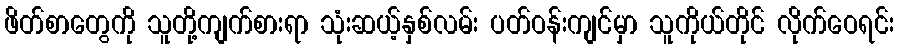
ဖိတ်စာတွေကို သူတို့ကျက်စားရာ သုံးဆယ့်နှစ်လမ်း ပတ်ဝန်းကျင်မှာ သူကိုယ်တိုင် လိုက်ဝေရင်း